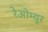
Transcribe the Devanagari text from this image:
रेओम्यूर